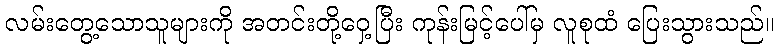
လမ်းတွေ့သောသူများကို အတင်းတို့ဝှေ့ပြီး ကုန်းမြင့်ပေါ်မှ လူစုထံ ပြေးသွားသည်။